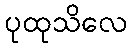
ပုထုသိလေ